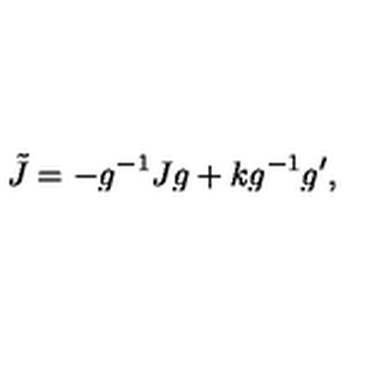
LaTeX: \tilde { J } = - g ^ { - 1 } J g + k g ^ { - 1 } g ^ { \prime } ,